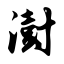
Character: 澍